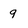
Character: q